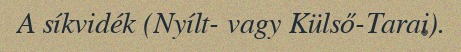
A síkvidék (Nyílt- vagy Külső-Tarai).